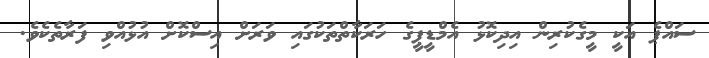
ސައްޕެ އަކީ މީގެކުރިން އިދިކޮޅު އެމްޑީޕީގެ ހަރަކާތްތަކުގައި ވަރަށް އިސްކޮށް އުޅުއްވި ފަރާތެކެވެ.